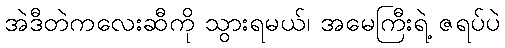
အဲဒီတဲကလေးဆီကို သွားရမယ်၊ အမေကြီးရဲ့ ဇရပ်ပဲ